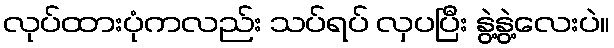
လုပ်ထားပုံကလည်း သပ်ရပ် လှပပြီး နွဲ့နွဲ့လေးပဲ။